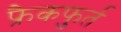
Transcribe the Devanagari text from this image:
फ्रैकफुर्त